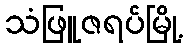
သံဖြူဇရပ်မြို့